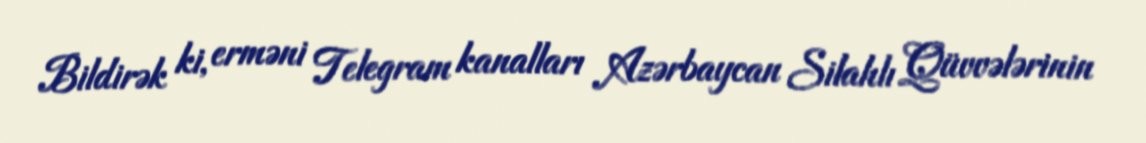
Bildirək ki, erməni Telegram kanalları Azərbaycan Silahlı Qüvvələrinin